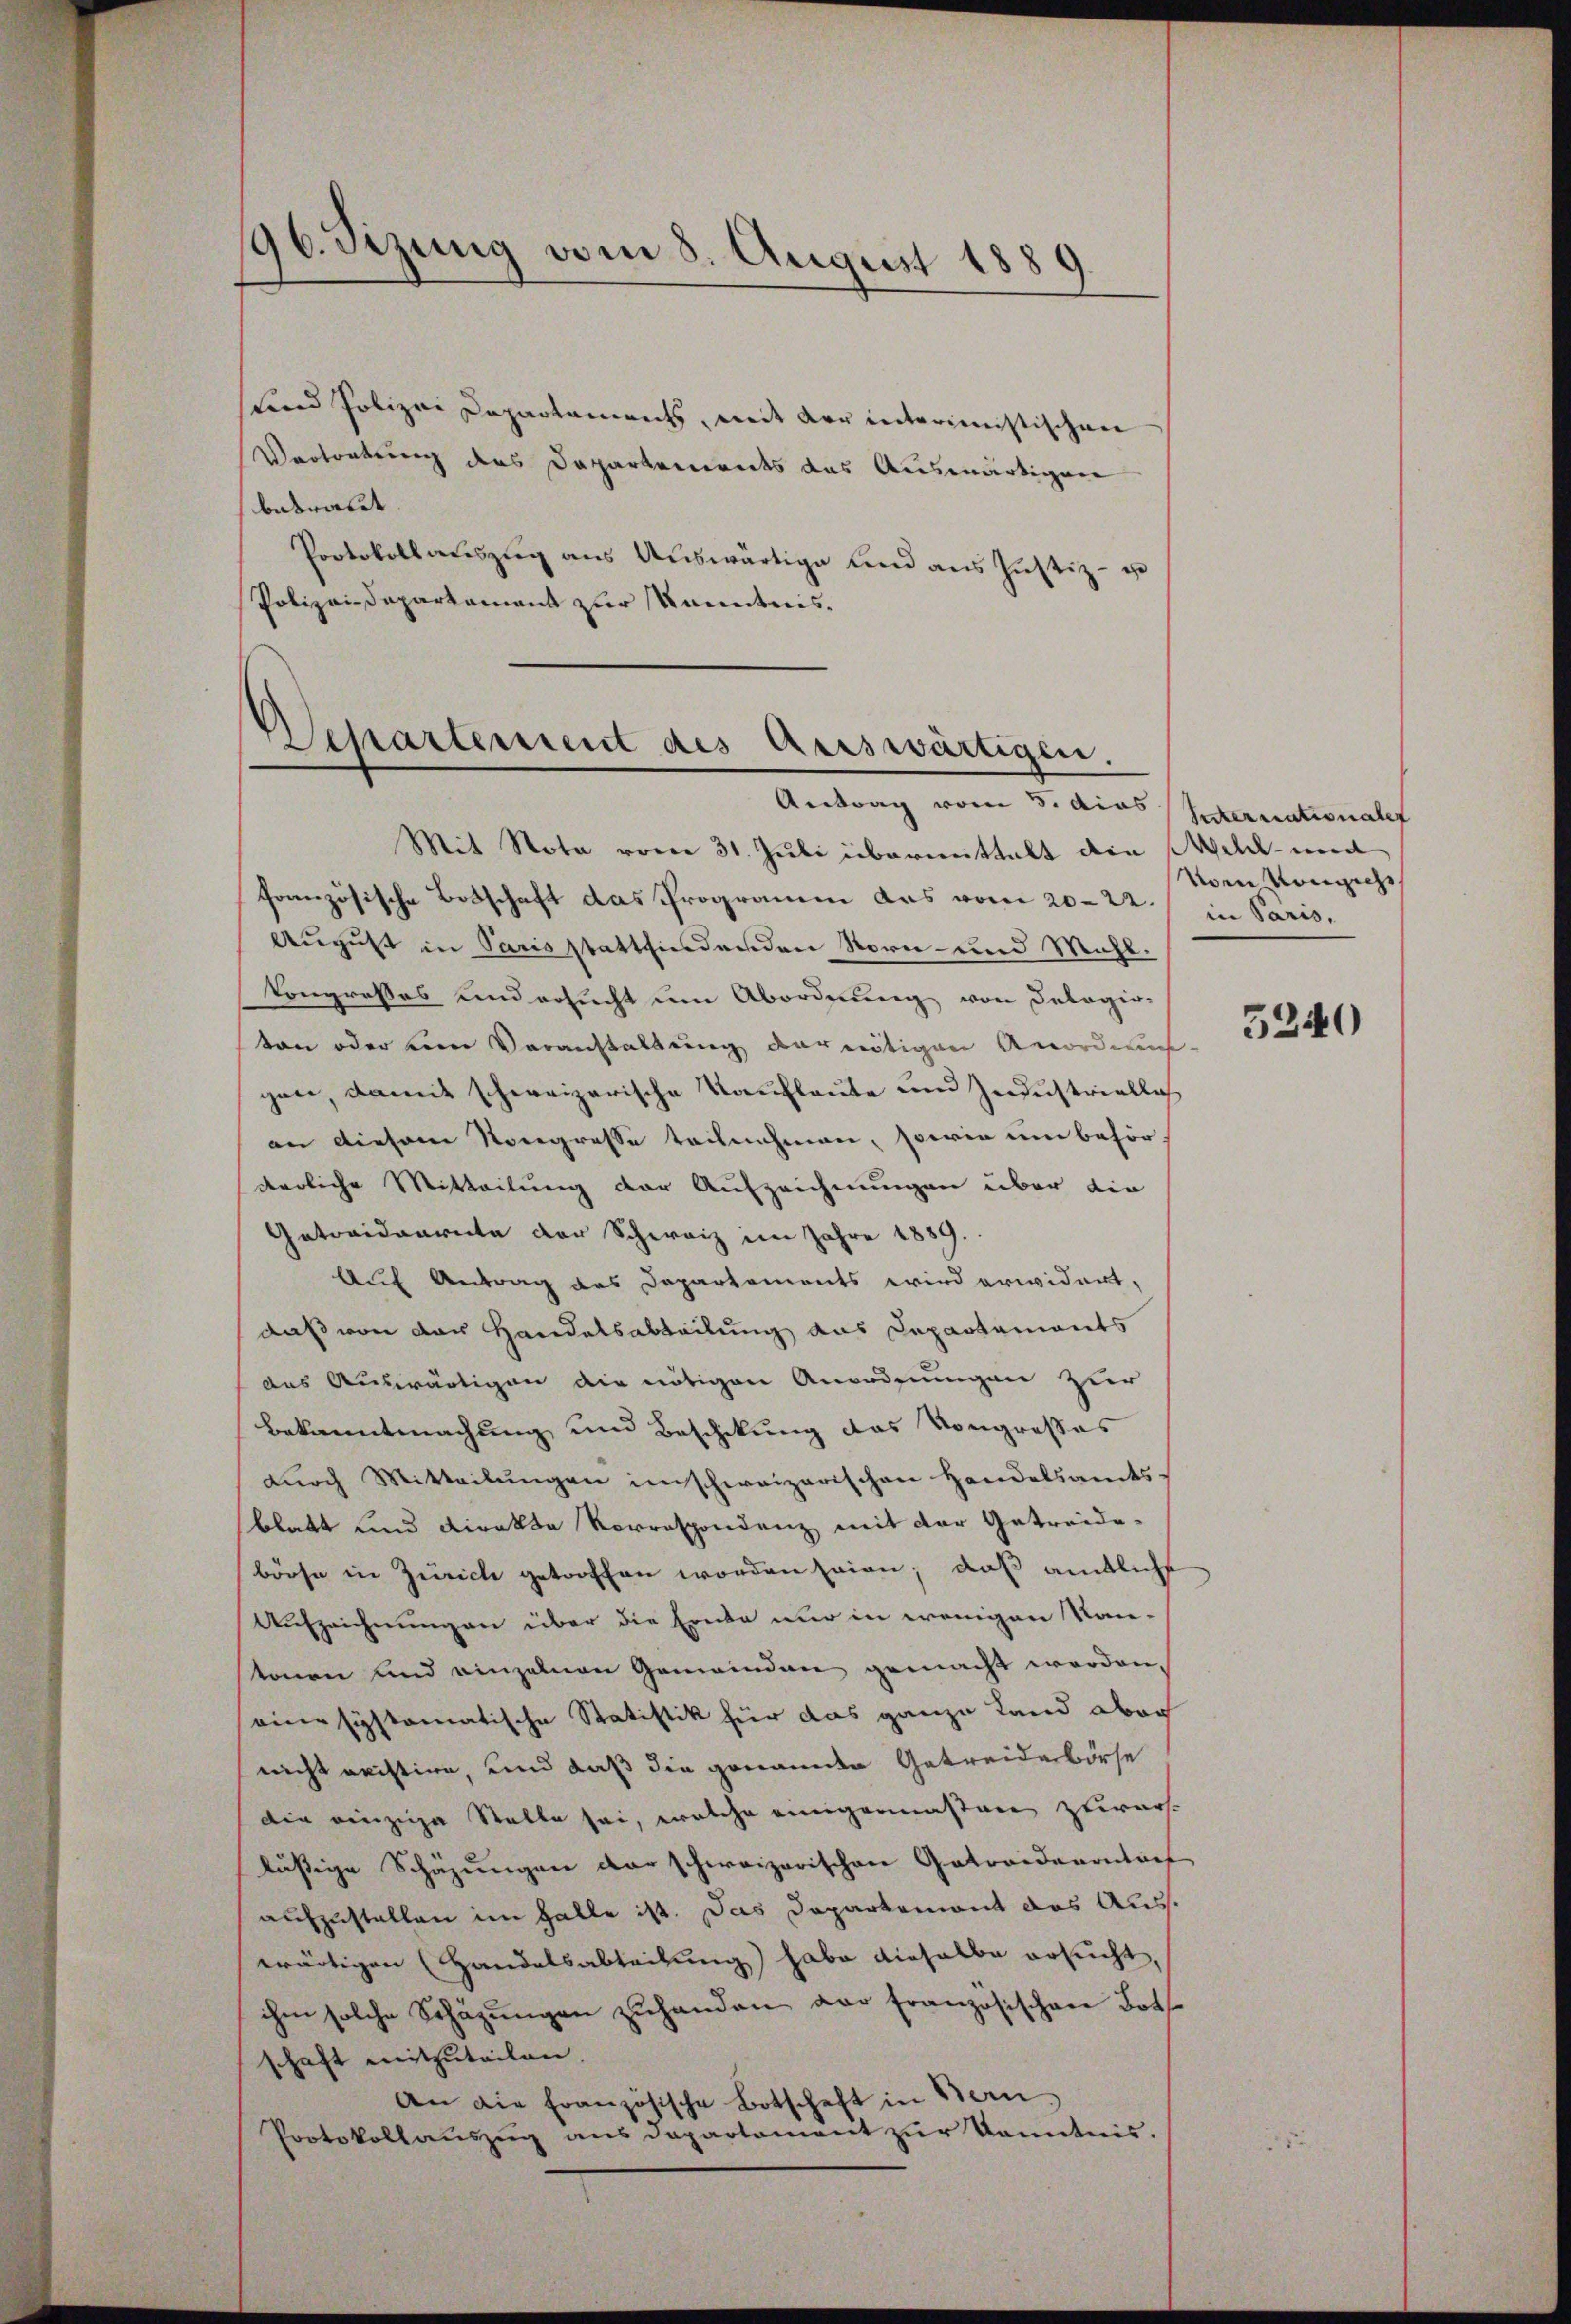
96. Sizung vom 8. August 1889

Lund Polizei Departaments, mit der interimistischen
Vertretung des Departements das Auswärtigen
bekraut.
Protokollaŭszŭg aŭs Aŭswärtige lend aus Justiz- u
Polizei-Dapartement zur Kenntnis.

Departerszeit des Auswärtigen.
Antrag vom 5. dies Sternationale

Mit Nota vom 31. Juli übermittelt die Weh- und
französische Botschaft das Programm das vom 20. 22. / in Paris,
August in Paris stattfindenden Vorn- und Mühl.
kongresses und ersucht um Abordnung von Delegir-
ton oder vom Veranstaltung der nötigen Anordnun
gen, damit schweizerische Kaufleute und Industriellich
an diesem Kongresse teilnehmen, sowie um beförderliche Mitteilung der Aufzeichnungen über die
Gatovidaarnte der Schweiz im Jahre 1889.
Auf Antrag des Departements wird erwidert,
daß von der Handelsabteilung aus Departaments
das Auswärtigen die nötigen Anordnungen zur
Bekanntmachung und Beschikung das Vongroßes
dŭrch Mitteilŭngen imschweizerischen Handelsamts-
blatt und direkte Vorrespondenz mit der Getreide-
börse in Zürich getroffen worden seien; daß amtliche
.
Aufzeichnungen über die Ernte nur in wenigen Kan-
tonen und einzelnen Gemeinden gemacht worden.
eine systematische Statistik für das ganze Land aber
nicht meistire, und daß die genannte Getreidebörse
die einzige Stelle sei, welche einigermaßen zuwarlässige Schäzungen der schweizerischen Getraiderontärt
aufzustellen im Halle ist. Das Dapartemont das Auswärtigen (Handelsabteilung habe dieselbe ersucht,
ihm solche Schäzŭngen zŭhanden der französischen Both
schaft mitzuteilen.
An die Französische Botschaft in Bern
Protokollaŭszŭg ans Departament zŭr Kenntnis.

Vom Konzich

5240